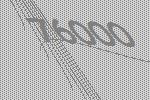
76000